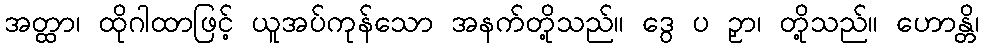
အတ္ထာ၊ ထိုဂါထာဖြင့် ယူအပ်ကုန်သော အနက်တို့သည်။ ဒွေ ပ ဉှာ၊ တို့သည်။ ဟောန္တိ၊